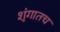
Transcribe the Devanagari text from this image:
शृंगातच